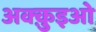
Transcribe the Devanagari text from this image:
अक्क़ुइओ